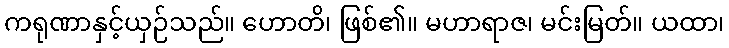
ကရုဏာနှင့်ယှဉ်သည်။ ဟောတိ၊ ဖြစ်၏။ မဟာရာဇ၊ မင်းမြတ်။ ယထာ၊